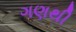
ગણથી